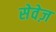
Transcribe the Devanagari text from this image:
सेवेज़